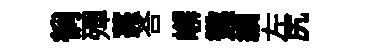
徜殫薧荅嶰懲績左尻